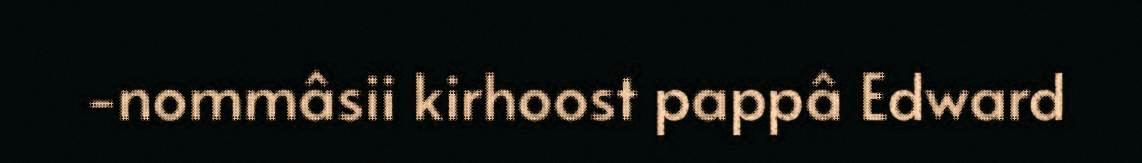
-nommâsii kirhoost pappâ Edward